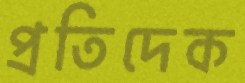
প্রতিদেক